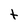
Character: t